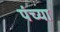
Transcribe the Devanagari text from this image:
पंच्या